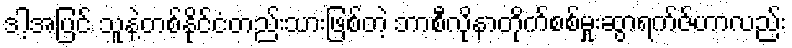
ဒါ့အပြင် သူနဲ့တစ်နိုင်ငံတည်းသားဖြစ်တဲ့ ဘာစီလိုနာတိုက်စစ်မှုးဆွာရက်ဇ်ဟာလည်း